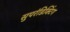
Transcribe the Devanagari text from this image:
सुपरंडिक्टिंग